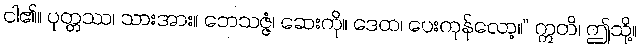
ငါ၏။ ပုတ္တဿ၊ သားအား။ ဘေသဇ္ဇံ၊ ဆေးကို။ ဒေထ၊ ပေးကုန်လော့။” ဣတိ၊ ဤသို့။